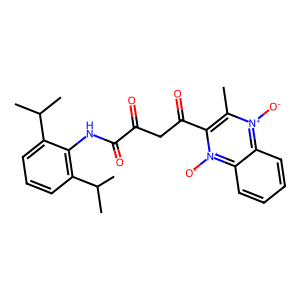
SMILES: Cc1c(C(=O)CC(=O)C(=O)Nc2c(C(C)C)cccc2C(C)C)[n+]([O-])c2ccccc2[n+]1[O-]
Inhibits HIV replication: No